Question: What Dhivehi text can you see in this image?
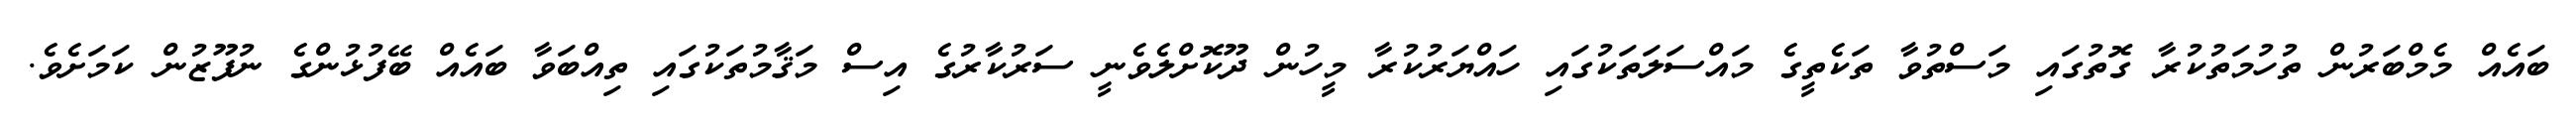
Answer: ބައެއް މެމްބަރުން ތުހުމަތުކުރާ ގޮތުގައި މަސްތުވާ ތަކެތީގެ މައްސަލަތަކުގައި ހައްޔަރުކުރާ މީހުން ދޫކޮށްލެވެނީ ސަރުކާރުގެ އިސް މަޤާމުތަކުގައި ތިއްބަވާ ބައެއް ބޭފުޅުންގެ ނުފޫޒުން ކަމަށެވެ.